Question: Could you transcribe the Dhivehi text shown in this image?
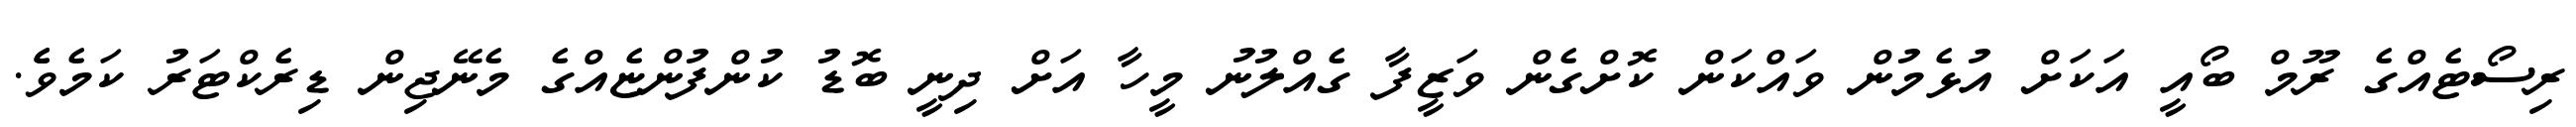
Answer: ރިސޯޓެއްގެ ރޫމް ބޯއީ އަކަށް އުޅެމުން ވައްކަން ކޮށްގެން ވަޒީފާ ގެއްލުނު މީހާ އަށް ދިނީ ބޮޑު ކުންފުންޏެއްގެ މެނޭޖިން ޑިރެކްޓަރު ކަމެވެެ.